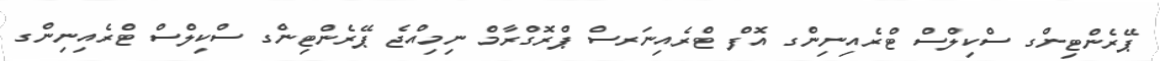
ޕޭރެންޓިންގ ސްކިލްސް ޓްރެއިނިންގ އޮފް ޓްރެއިނަރސް ޕްރޮގްރާމް ނިމިއްޖެ ޕޭރެންޓިންގ ސްކިލްސް ޓްރެއިނިންގ